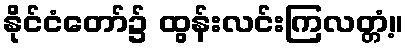
နိုင်ငံတော်၌ ထွန်းလင်းကြလတ္တံ့။